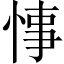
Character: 𢜝